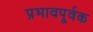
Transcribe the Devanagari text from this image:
प्रभावपूर्वक